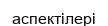
аспектілері